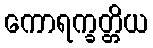
ကောရက္ခတ္တိယ